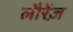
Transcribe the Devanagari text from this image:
लौरेंज़